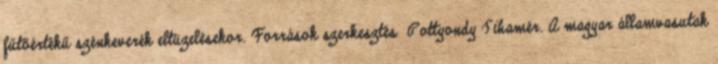
fűtőértékű szénkeverék eltüzelésekor. Források szerkesztés Pottyondy Tihamér. A magyar államvasutak